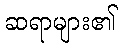
ဆရာများ၏